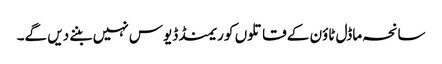
سانحہ ماڈل ٹاؤن کے قاتلوں کو ریمنڈ ڈیوس نہیں بننے دیں گے۔